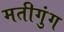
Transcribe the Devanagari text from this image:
मतीगुंग